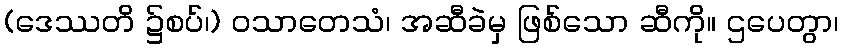
(ဒေဿတိ ၌စပ်၊) ဝသာတေသံ၊ အဆီခဲမှ ဖြစ်သော ဆီကို။ ဌပေတွာ၊